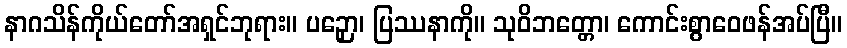
နာဂသိန်ကိုယ်တော်အရှင်ဘုရား။ ပဉှော၊ ပြဿနာကို။ သုဝိဘတ္တော၊ ကောင်းစွာဝေဖန်အပ်ပြီ။